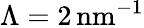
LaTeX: \Lambda=2\mathrm{\, nm}^{-1}